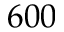
6 0 0